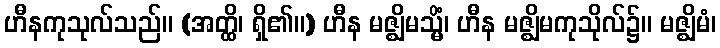
ဟီနကုသုလ်သည်။ (အတ္ထိ၊ ရှိ၏။) ဟီန မဇ္ဈိမသ္မိံ၊ ဟီန မဇ္ဈိမကုသိုလ်၌။ မဇ္ဈိမံ၊